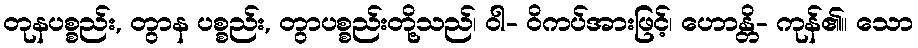
တုနပစ္စည်း, တွာန ပစ္စည်း, တွာပစ္စည်းတို့သည်၊ ဝါ- ဝိကပ်အားဖြင့်၊ ဟောန္တိ- ကုန်၏။ သော